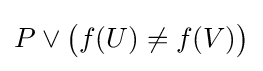
P\lor {\big (}f(U)\neq f(V){\big )}